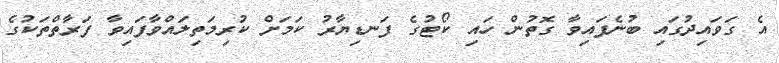
އެ ގަވައިދުގައި ބުނެފައިވާ ގޮތުން ހައި ކޯޓުގެ ފަނޑިޔާރު ކަމަށް ކުރިމަތިލައްވާފައިވާ ފަރާތްތަކުގެ